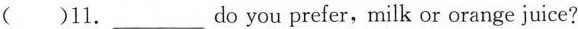
( )11. ___ do you prefer,milk or orange juice?